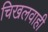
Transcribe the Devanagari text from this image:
चिखलवाही